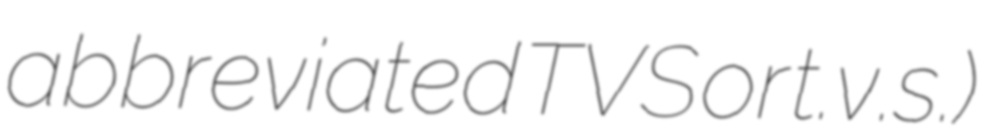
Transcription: abbreviated TVS or t.v.s.)